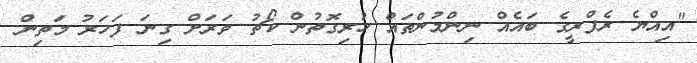
"އިއްޔެ ރެފްރީގެ ބައެއް ނިންމުންތައް ހުރިގޮތުން ކޯޗު ވަރަށް ގިނަ ފަހަރު މަތިން